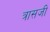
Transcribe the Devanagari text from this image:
त्रासजी